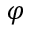
\varphi